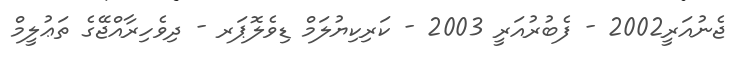
ޖެނުއަރީ2002 - ފެބުރުއަރީ 2003 - ކަރިކިޔުލަމް ޑިވެލޮޕަރ - ދިވެހިރާއްޖޭގެ ތަޢުލީމް